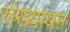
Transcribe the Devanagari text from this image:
संख्यायन